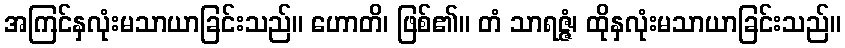
အကြင်နှလုံးမသာယာခြင်းသည်။ ဟောတိ၊ ဖြစ်၏။ တံ သာရဇ္ဇံ၊ ထိုနှလုံးမသာယာခြင်းသည်။